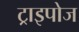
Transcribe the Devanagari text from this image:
ट्राइपोज